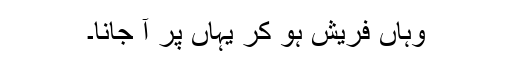
وہاں فریش ہو کر یہاں پر آ جانا۔